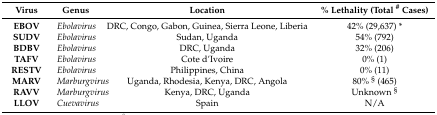
<table><thead><tr><td><b>Virus</b></td><td><b>Genus</b></td><td><b>Location</b></td><td><b>% Lethality (Total <sup>#</sup> Cases)</b></td></tr></thead><tbody><tr><td><b>EBOV</b></td><td><i>Ebolavirus</i></td><td>DRC, Congo, Gabon, Guinea, Sierra Leone, Liberia</td><td>42% (29,637) *</td></tr><tr><td><b>SUDV</b></td><td><i>Ebolavirus</i></td><td>Sudan, Uganda</td><td>54% (792)</td></tr><tr><td><b>BDBV</b></td><td><i>Ebolavirus</i></td><td>DRC, Uganda</td><td>32% (206)</td></tr><tr><td><b>TAFV</b></td><td><i>Ebolavirus</i></td><td>Cote d’Ivoire</td><td>0% (1)</td></tr><tr><td><b>RESTV</b></td><td><i>Ebolavirus</i></td><td>Philippines, China</td><td>0% (11)</td></tr><tr><td><b>MARV</b></td><td><i>Marburgvirus</i></td><td>Uganda, Rhodesia, Kenya, DRC, Angola</td><td>80% <sup>§</sup> (465)</td></tr><tr><td><b>RAVV</b></td><td><i>Marburgvirus</i></td><td>Kenya, DRC, Uganda</td><td>Unknown <sup>§</sup></td></tr><tr><td><b>LLOV</b></td><td><i>Cuevavirus</i></td><td>Spain</td><td>N/A</td></tr></tbody></table>